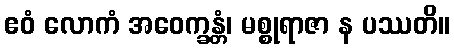
ဧဝံ လောကံ အဝေက္ခန္တံ၊ မစ္စုရာဇာ န ပဿတိ။